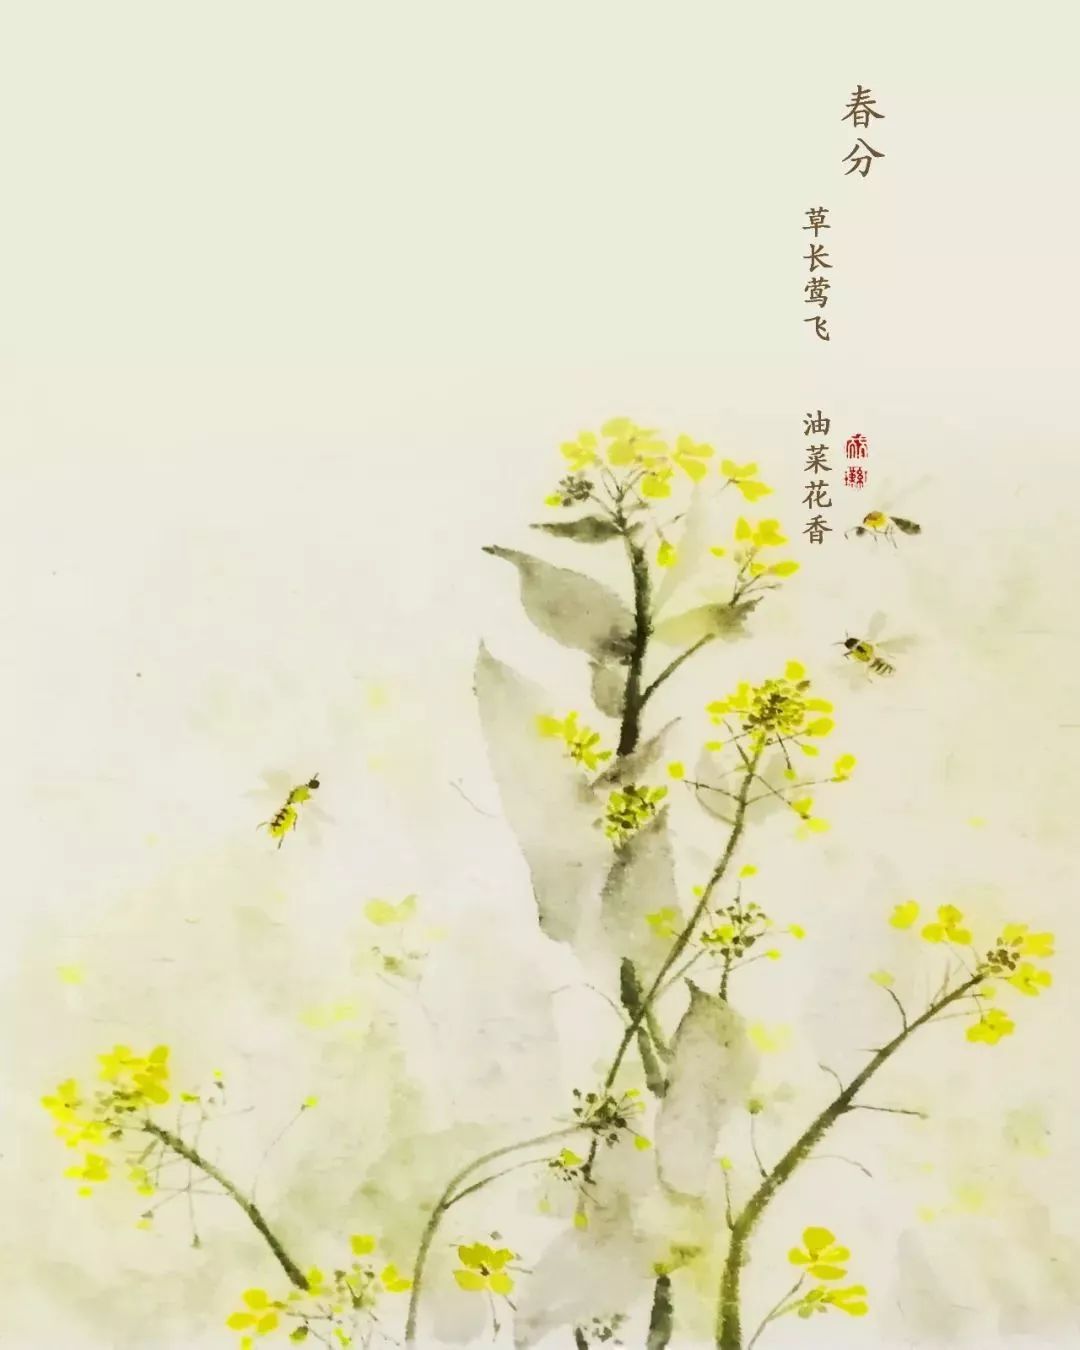
方惭不耕者，禄食出闾里。